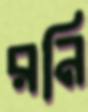
রনি